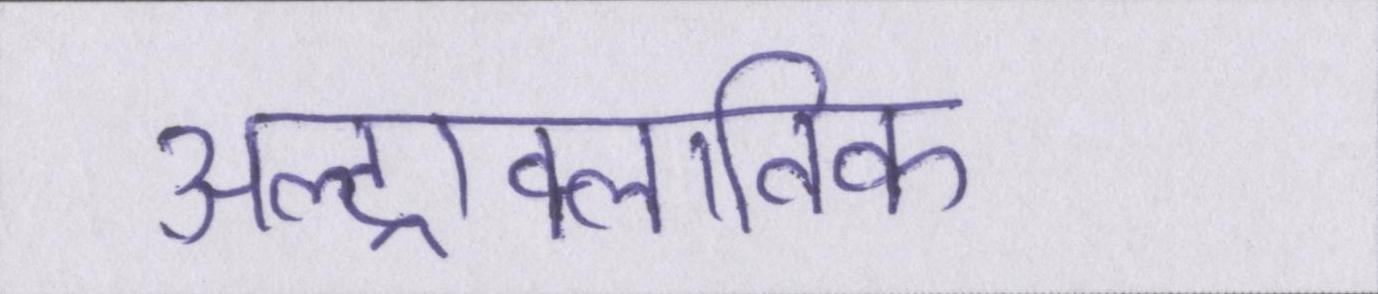
अल्ट्राक्लाविक